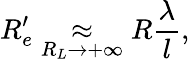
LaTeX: R_{e}^{\prime}\underset{R_{L}\rightarrow+\infty}{\approx}R\frac{\lambda}{l},